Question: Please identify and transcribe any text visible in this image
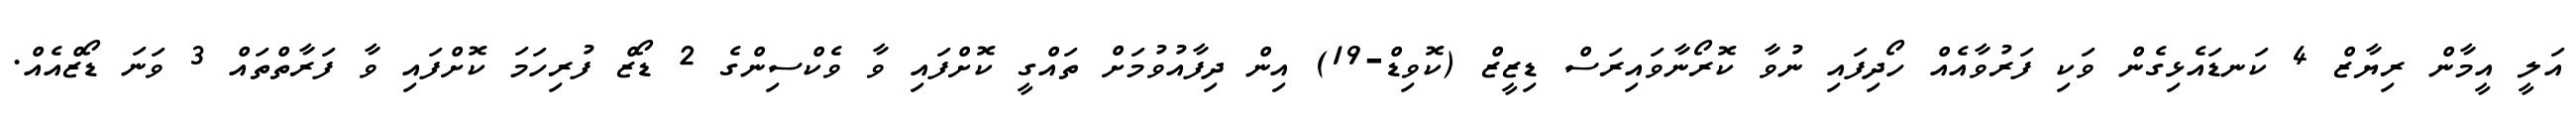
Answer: އަލީ އީމާން ރިޔާޒް 4 ކަނޑައެޅިގެން ވަކި ފަރުވާއެއް ހޯދިފައި ނުވާ ކޮރޯނާވައިރަސް ޑިޒީޒް (ކޮވިޑް-19) އިން ދިފާއުވުމަށް ތައްގީ ކޮށްފައި ވާ ވެކްސިންގެ 2 ޑޯޒް ފުރިހަމަ ކޮށްފައި ވާ ފަރާތްތައް 3 ވަނަ ޑޯޒްއެއް.